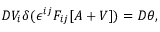
{ \cal D } V _ { i } \delta ( \epsilon ^ { i j } F _ { i j } [ A + V ] ) = { \cal D } \theta ,